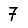
Digit: 7